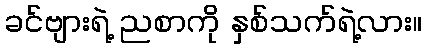
ခင်ဗျားရဲ့ ညစာကို နှစ်သက်ရဲ့လား။